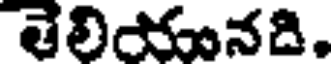
తెలియునది.